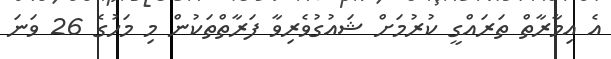
އެ އިމާރާތް ތަރައްގީ ކުރުމަށް ޝައުގުވެރިވާ ފަރާތްތަކުން މި މަހުގެ 26 ވަނަ